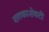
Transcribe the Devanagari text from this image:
शतकाशेवटी